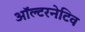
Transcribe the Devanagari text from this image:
ऑल्‍टरनेटिव